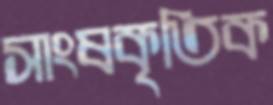
সাংষকৃতিক